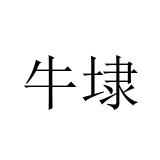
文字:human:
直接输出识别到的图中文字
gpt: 牛埭